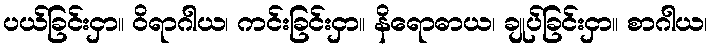
ပယ်ခြင်းငှာ။ ဝိရာဂါယ၊ ကင်းခြင်းငှာ။ နိရောဓာယ၊ ချုပ်ခြင်းငှာ။ စာဂါယ၊